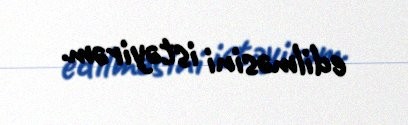
edilməsini istəyirəm.